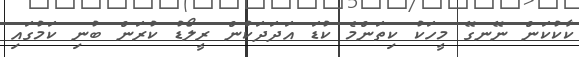
ކާކުކަން ނޭނގޭ މީހަކު ކިތަންމެ ކުޑަ އަދަދަކުން ރީލޯޑު ކުރަން ބުނި ކަމުގައި